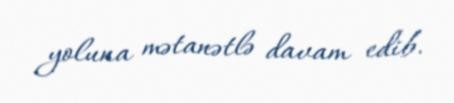
yoluna mətanətlə davam edib.